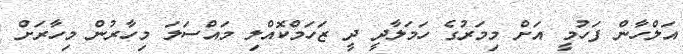
އަލްހާން ފަހުމީ އަށް މިމަރުގެ ހަމަލާދީ ދީ ޒަހަމްކޮއްލި މައްސަލަ މިހާރުން މިހާރަށް